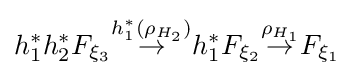
h_{1}^{*}h_{2}^{*}F_{\xi _{3}}{\overset {h_{1}^{*}(\rho _{H_{2}})}{\to }}h_{1}^{*}F_{\xi _{2}}{\overset {\rho _{H_{1}}}{\to }}F_{\xi _{1}}